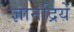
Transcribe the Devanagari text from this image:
ज्ञानेद्रियें